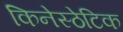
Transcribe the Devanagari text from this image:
किनेस्ठेटिक